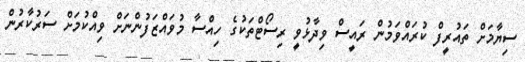
ސިޔާމަށް ތައުރީފް ކުރައްވަމުން ރައީސް ވިދާޅުވީ ރިސޯޓްތަކުގެ ހިއްސާ މުވައްޒަފުންނަށް ވިއްކުމަށް ސަރުކާރުން